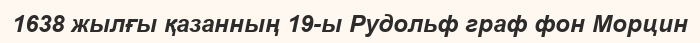
1638 жылғы қазанның 19-ы Рудольф граф фон Морцин